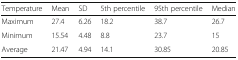
| Temperature | Mean | SD | 5th percentile | 95th percentile | Median |
 | --- | --- | --- | --- | --- | --- |
 | Maximum | 27.4 | 6.26 | 18.2 | 38.7 | 26.7 |
 | Minimum | 15.54 | 4.48 | 8.8 | 23.7 | 15 |
 | Average | 21.47 | 4.94 | 14.1 | 30.85 | 20.85 |